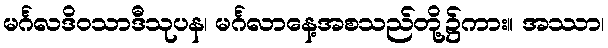
မင်္ဂလဒိဝသာဒီသုပန၊ မင်္ဂလာနေ့အစသည်တို့၌ကား။ အဿာ၊